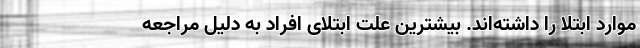
موارد ابتلا را داشته‌اند. بیشترین علت ابتلای افراد به‌ دلیل مراجعه